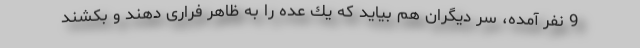
9 نفر آمده، سر دیگران هم بیاید كه یك عده را به ظاهر فراری دهند و بكشند